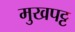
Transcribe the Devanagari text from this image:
मुखपट्ट